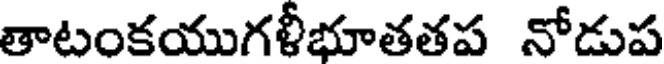
తాటంకయుగళీభూతతప నోడుప